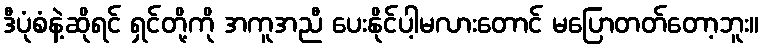
ဒီပုံစံနဲ့ဆိုရင် ရှင်တို့ကို အကူအညီ ပေးနိုင်ပါ့မလားတောင် မပြောတတ်တော့ဘူး။